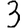
Digit: 3